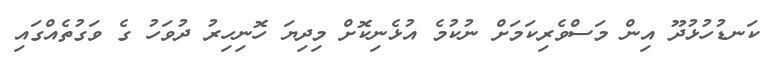
ކަނޑުހުޅުދޫ އިން މަސްވެރިކަމަށް ނުކުމެ އުޅެނިކޮށް މިދިޔަ ހޮނިހިރު ދުވަހު ގެ ވަގުތެއްގައި